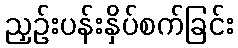
ညှဉ်းပန်းနှိပ်စက်ခြင်း